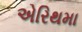
એરિથમા